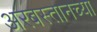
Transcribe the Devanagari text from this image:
अरबस्तानच्या